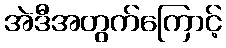
အဲဒီအတွက်ကြောင့်